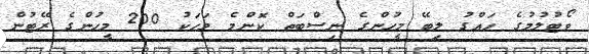
ވޯޓުލުމުގެ ހައްގު ލިބޭ މީހުންގެ ނިސްބަތް ކޮންމެ މަހަކު 200 މީހުންގެ ރޭޓުން